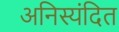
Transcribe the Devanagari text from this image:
अनिस्यंदित